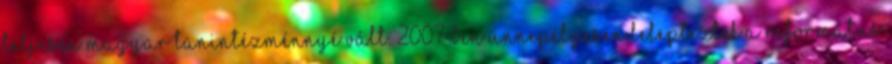
teljesen magyar tanintézménnyé vált. 2007-ben ünnepélyesen leleplezték a Református